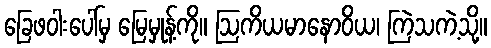
ခြေဖဝါးပေါ်မှ မြေမှုန့်ကို။ ဩကိယမာနောဝိယ၊ ကြဲသကဲ့သို့။